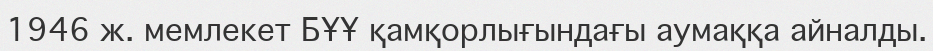
1946 ж. мемлекет БҰҰ қамқорлығындағы аумаққа айналды.